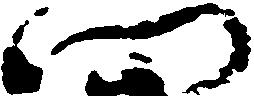
門